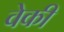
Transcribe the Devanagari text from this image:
वेकी